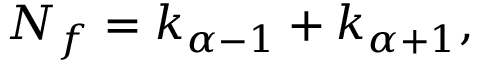
N _ { f } = k _ { \alpha - 1 } + k _ { \alpha + 1 } ,